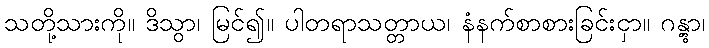
သတို့သားကို။ ဒိသွာ၊ မြင်၍။ ပါတရာသတ္တာယ၊ နံနက်စာစားခြင်းငှာ။ ဂန္တွာ၊